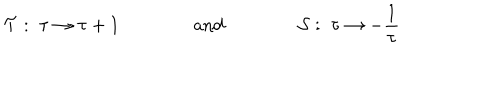
{ \cal T } : \; \tau \rightarrow \tau + 1 \qquad \qquad \textrm { a n d } \qquad \qquad { \cal S } : \; \tau \rightarrow - \frac { 1 } { \tau }